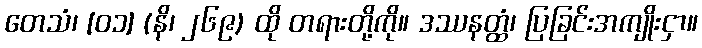
တေသံ၊ [၀၁] (နိ၊ ၂၆၉) ထို တရားတို့ကို။ ဒဿနတ္ထံ၊ ပြခြင်းအကျိုးငှာ။